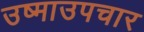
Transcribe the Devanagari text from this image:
उष्माउपचार